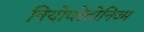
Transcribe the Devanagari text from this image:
नियोप्लेटोनिज्म